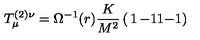
T _ { \mu } ^ { ( 2 ) \nu } = \Omega ^ { - 1 } ( r ) \frac { K } { M ^ { 2 } } \left( \begin{matrix} { 1 } & { - 1 } \\ { 1 } & { - 1 } \\ \end{matrix} \right)